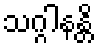
သဂ္ဂါနန္တိ